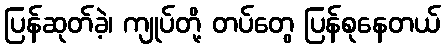
ပြန်ဆုတ်ခဲ့၊ ကျုပ်တို့ တပ်တွေ ပြန်စုနေတယ်